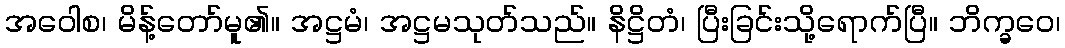
အဝေါစ၊ မိန့်တော်မူ၏။ အဋ္ဌမံ၊ အဋ္ဌမသုတ်သည်။ နိဋ္ဌိတံ၊ ပြီးခြင်းသို့ရောက်ပြီ။ ဘိက္ခဝေ၊